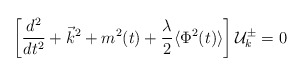
\begin{align*}\left[\frac{d^2}{dt^2}+\vec{k}^2+m^2(t)+\frac{\lambda}{2}\langle\Phi^2(t)\rangle\right]{\cal{U}}^{\pm}_k=0 \end{align*}